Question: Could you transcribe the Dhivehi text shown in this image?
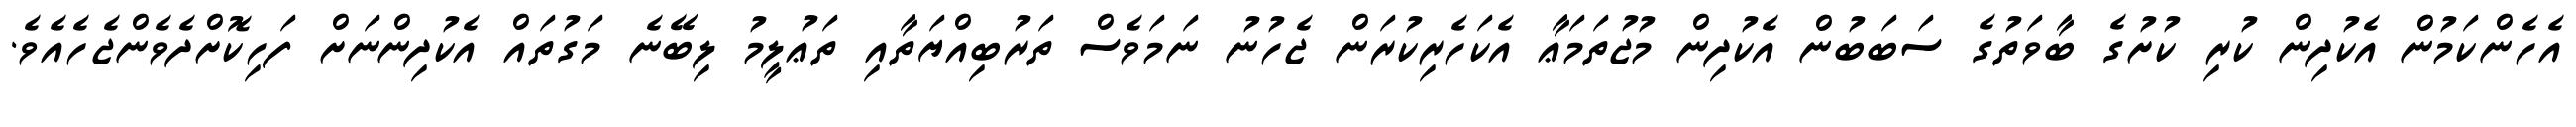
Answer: އެހެންކަމުން އެކުދިން ކުރި ކުށުގެ ބާވަތުގެ ސަބަބުން އެކުދިން މުޖުތަމަޢާ އެކަހެރިކުރަން ޖެހުނު ނަމަވެސް ތަރުބިއްޔަތާއި ތަޢުލީމު ލިބޭނެ މަގުތައް އެކުދިންނަށް ފަހިކޮށްދެވެންޖެހެއެވެ.